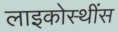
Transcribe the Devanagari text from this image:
लाइकोस्थींस